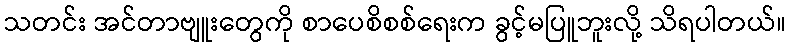
သတင်း အင်တာဗျူးတွေကို စာပေစိစစ်ရေးက ခွင့်မပြူဘူးလို့ သိရပါတယ်။